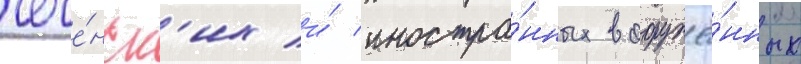
чече́нск'их и́ иностра́нных вооружё́нных